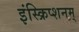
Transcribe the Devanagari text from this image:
इंस्क्रिप्शनम्